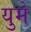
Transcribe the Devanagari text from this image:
युमे